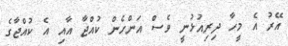
އޭރު އެ މީހާ ދިރިއުޅުނީ ވެސް އަންހެން ކުއްޖާ އާއި އެ ކުއްޖާގެ